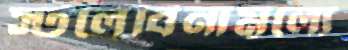
স্টলেবিনামূল্যে